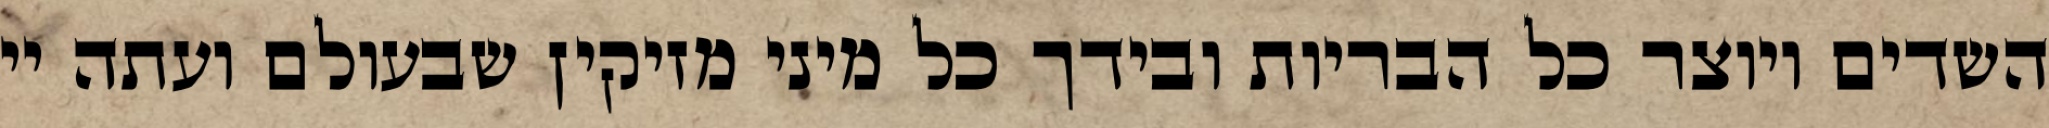
השדים ויוצר כל הבריות ובידך כל מיני מזיקין שבעולם ועתה יי